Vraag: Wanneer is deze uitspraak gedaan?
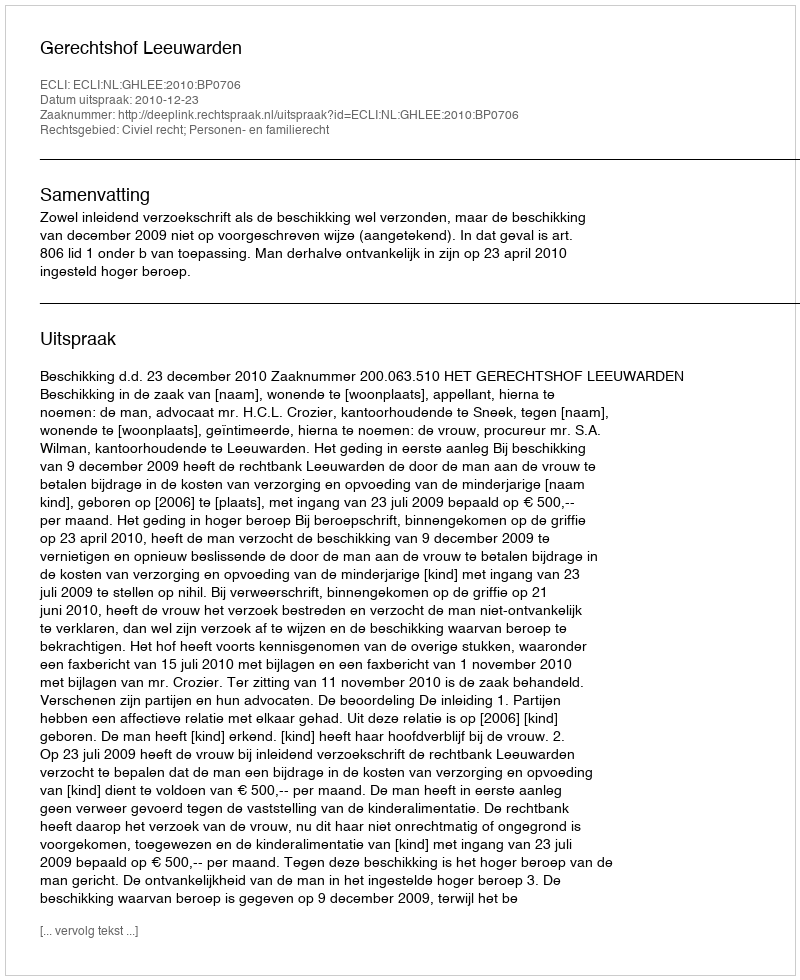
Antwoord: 2010-12-23